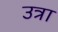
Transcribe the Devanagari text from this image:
उत्रा